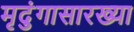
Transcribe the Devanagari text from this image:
मृदुंगासारख्या